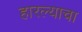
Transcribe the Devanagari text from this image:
हारल्याचा